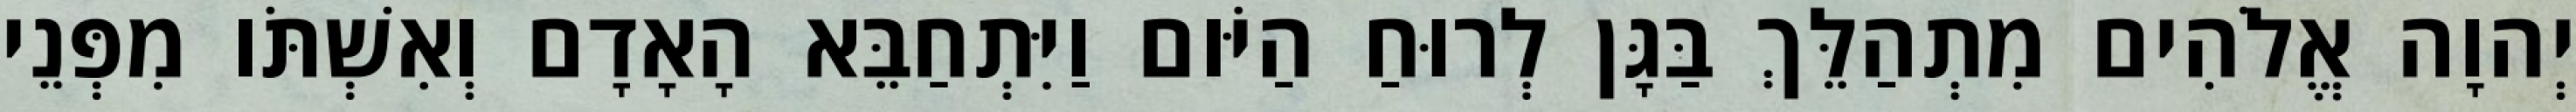
יְהוָה אֱלֹהִים מִתְהַלֵּךְ בַּגָּן לְרוּחַ הַיֹּום וַיִּתְחַבֵּא הָאָדָם וְאִשְׁתֹּו מִפְּנֵי